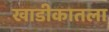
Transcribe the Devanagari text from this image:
खाडीकातला